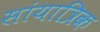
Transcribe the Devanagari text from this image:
सांयात्रिक